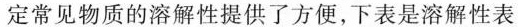
定常见物质的溶解性提供了方便，下表是溶解性表